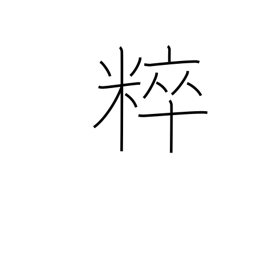
Meaning: unadulterated